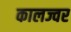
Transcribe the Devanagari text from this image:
कालज्वर